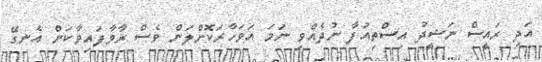
އަދި ރައީސް ނަޝީދު އިސްތިއުފާ ނުދެއްވި ނަމަ އަވަހާރަކޮށްލަން ވެސް ރާވާފައިވާކަން އެނގޭ